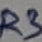
Text: R3